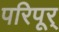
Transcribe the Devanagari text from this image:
परिपूर्